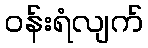
ဝန်းရံလျက်